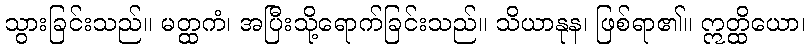
သွားခြင်းသည်။ မတ္ထကံ၊ အပြီးသို့ရောက်ခြင်းသည်။ သိယာနုန၊ ဖြစ်ရာ၏။ ဣတ္ထိယော၊